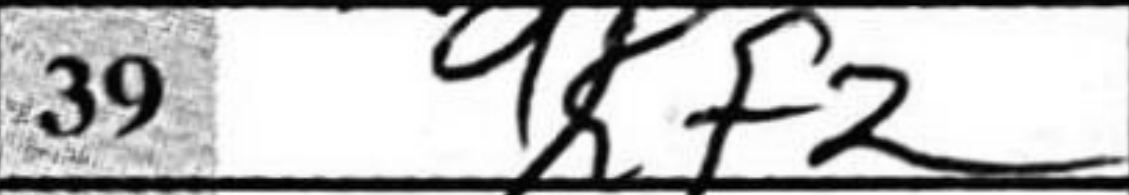
Transcription: Kf2